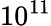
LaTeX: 10^{11}